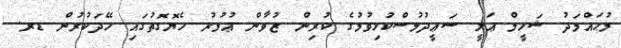
މުޙައްމަދު ޝަހީމް ޢަލީ ސަޢީދުމުސްކުޅިވުމުގެ ކުރިން ޒުވާން ޢުމުރު ހެޔޮގޮތުގައި ހޭދަކުރުން ޑރ.